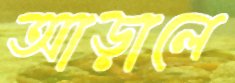
আড়ালে